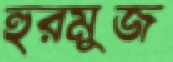
হুরমুজ